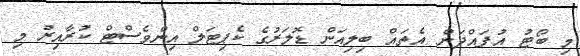
މި ބޯޓު އުފައްދަން އެތައް ބިލިއަން ޑޮލަރުގެ ކެޕިޓަލް އިންވެސްޓް ކުރާއިރު މި